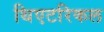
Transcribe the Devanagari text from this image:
थिएटरिकल